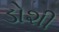
ડોશી